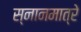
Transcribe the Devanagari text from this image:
स्नानमात्रे